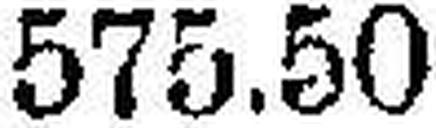
575.50